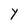
Character: Y